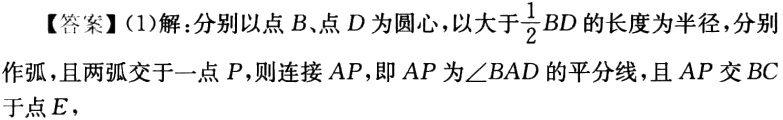
【答案】(1)解：分别以点 \(B\)、点 \(D\) 为圆心，以大于 \(\frac{1}{2}BD\) 的长度为半径，分别作弧，且两弧交于一点 \(P\)，则连接 \(AP\)，即 \(AP\) 为\(\angle BAD\) 的平分线，且 \(AP\) 交 \(BC\) 于点 \(E\)，